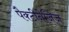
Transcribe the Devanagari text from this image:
पैक्टीनेजिज